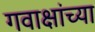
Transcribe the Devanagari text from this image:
गवाक्षांच्या